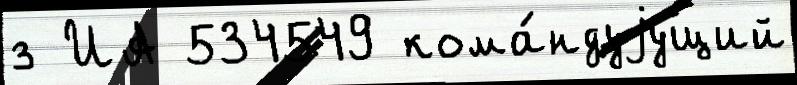
з ИА 534549 кома́ндуjущий